Scottish Certificate of Education, 1963
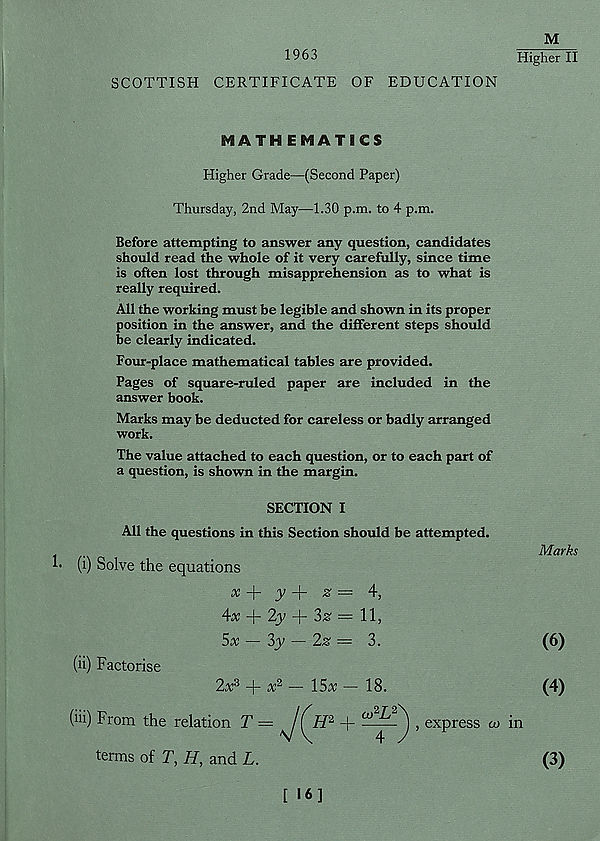
M
1963
Higher II
SCOTTISH CERTIFICATE OF EDUCATION
MATHEMATICS
Higher Grade—(Second Paper)
Thursday, 2nd May—1.30 p.m. to 4 p.m.
Before attempting to answer any question, candidates
should read the whole of it very carefully, since time
is often lost through misapprehension as to what is
really required.
All the working must be legible and shown in its proper
position in the answer, and the different steps should
be clearly indicated.
Four-place mathematical tables are provided.
Pages of square-ruled paper are included in the
answer book.
Marks may be deducted for careless or badly arranged
work.
The value attached to each question, or to each part of
a question, is shown in the margin.
SECTION I
All the questions in this Section should be attempted.
!• (i) Solve the equations
Marks
x + j; + z = 4,
4x + 2y + S# = 11,
5x — 3y — 2z = 3.
(6)
(ii) Factorise
2x* + x 2 — 15,v — 18.
(4)
terms of T, H, and L.
(3)
[ 16]